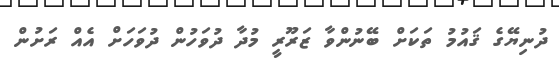
ދުނިޔޭގެ ޤައުމު ތަކަށް ބޭނުންވާ ޒަރޫރީ މުދާ ދުވަހުން ދުވަހަށް އެއް ރަށުން